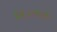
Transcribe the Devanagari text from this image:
बिज़्मार्क